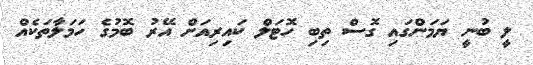
ލީ ބުނީ ޔަމަންގައި ގޮސް ތިބި ހޮޓަލް ކައިރިއަށް އޭރު ބޮމުގެ ހަމަލާތަކެއް